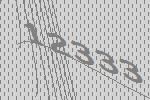
12333